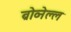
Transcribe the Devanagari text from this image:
ब्रोव्नेल्ल